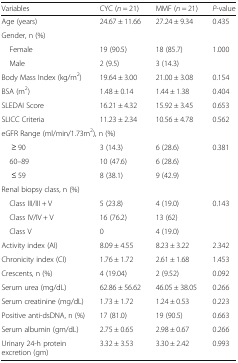
| Variables | CYC (n = 21) | MMF (n = 21) | P-value |
 | --- | --- | --- | --- |
 | Age (years) | 24.67 ± 11.66 | 27.24 ± 9.34 | 0.435 |
 | <COLSPAN=4> Gender, n (%) |
 | Female | 19 (90.5) | 18 (85.7) | 1.000 |
 | Male | 2 (9.5) | 3 (14.3) |  |
 | Body Mass Index (kg/m2) | 19.64 ± 3.00 | 21.00 ± 3.08 | 0.154 |
 | BSA (m2) | 1.48 ± 0.14 | 1.44 ± 1.38 | 0.404 |
 | SLEDAI Score | 16.21 ± 4.32 | 15.92 ± 3.45 | 0.653 |
 | SLICC Criteria | 11.23 ± 2.34 | 10.56 ± 4.78 | 0.562 |
 | <COLSPAN=4> eGFR Range (ml/min/1.73m2), n (%) |
 | ≥ 90 | 3 (14.3) | 6 (28.6) | 0.381 |
 | 60–89 | 10 (47.6) | 6 (28.6) |  |
 | ≤ 59 | 8 (38.1) | 9 (42.9) |  |
 | <COLSPAN=4> Renal biopsy class, n (%) |
 | Class III/III + V | 5 (23.8) | 4 (19.0) | 0.143 |
 | Class IV/IV + V | 16 (76.2) | 13 (62) |  |
 | Class V | 0 | 4 (19.0) |  |
 | Activity index (AI) | 8.09 ± 4.55 | 8.23 ± 3.22 | 2.342 |
 | Chronicity index (CI) | 1.76 ± 1.72 | 2.61 ± 1.68 | 1.453 |
 | Crescents, n (%) | 4 (19.04) | 2 (9.52) | 0.092 |
 | Serum urea (mg/dL) | 62.86 ± 56.62 | 46.05 ± 38.05 | 0.266 |
 | Serum creatinine (mg/dL) | 1.73 ± 1.72 | 1.24 ± 0.53 | 0.223 |
 | Positive anti-dsDNA, n (%) | 17 (81.0) | 19 (90.5) | 0.663 |
 | Serum albumin (gm/dL) | 2.75 ± 0.65 | 2.98 ± 0.67 | 0.266 |
 | Urinary 24-h protein excretion (gm) | 3.32 ± 3.53 | 3.30 ± 2.42 | 0.993 |